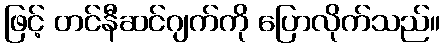
ဖြင့် တင်နီဆင်ဂျက်ကို ပြောလိုက်သည်။